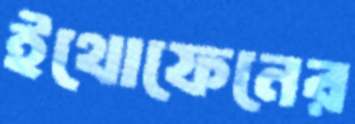
ইথোফেনের